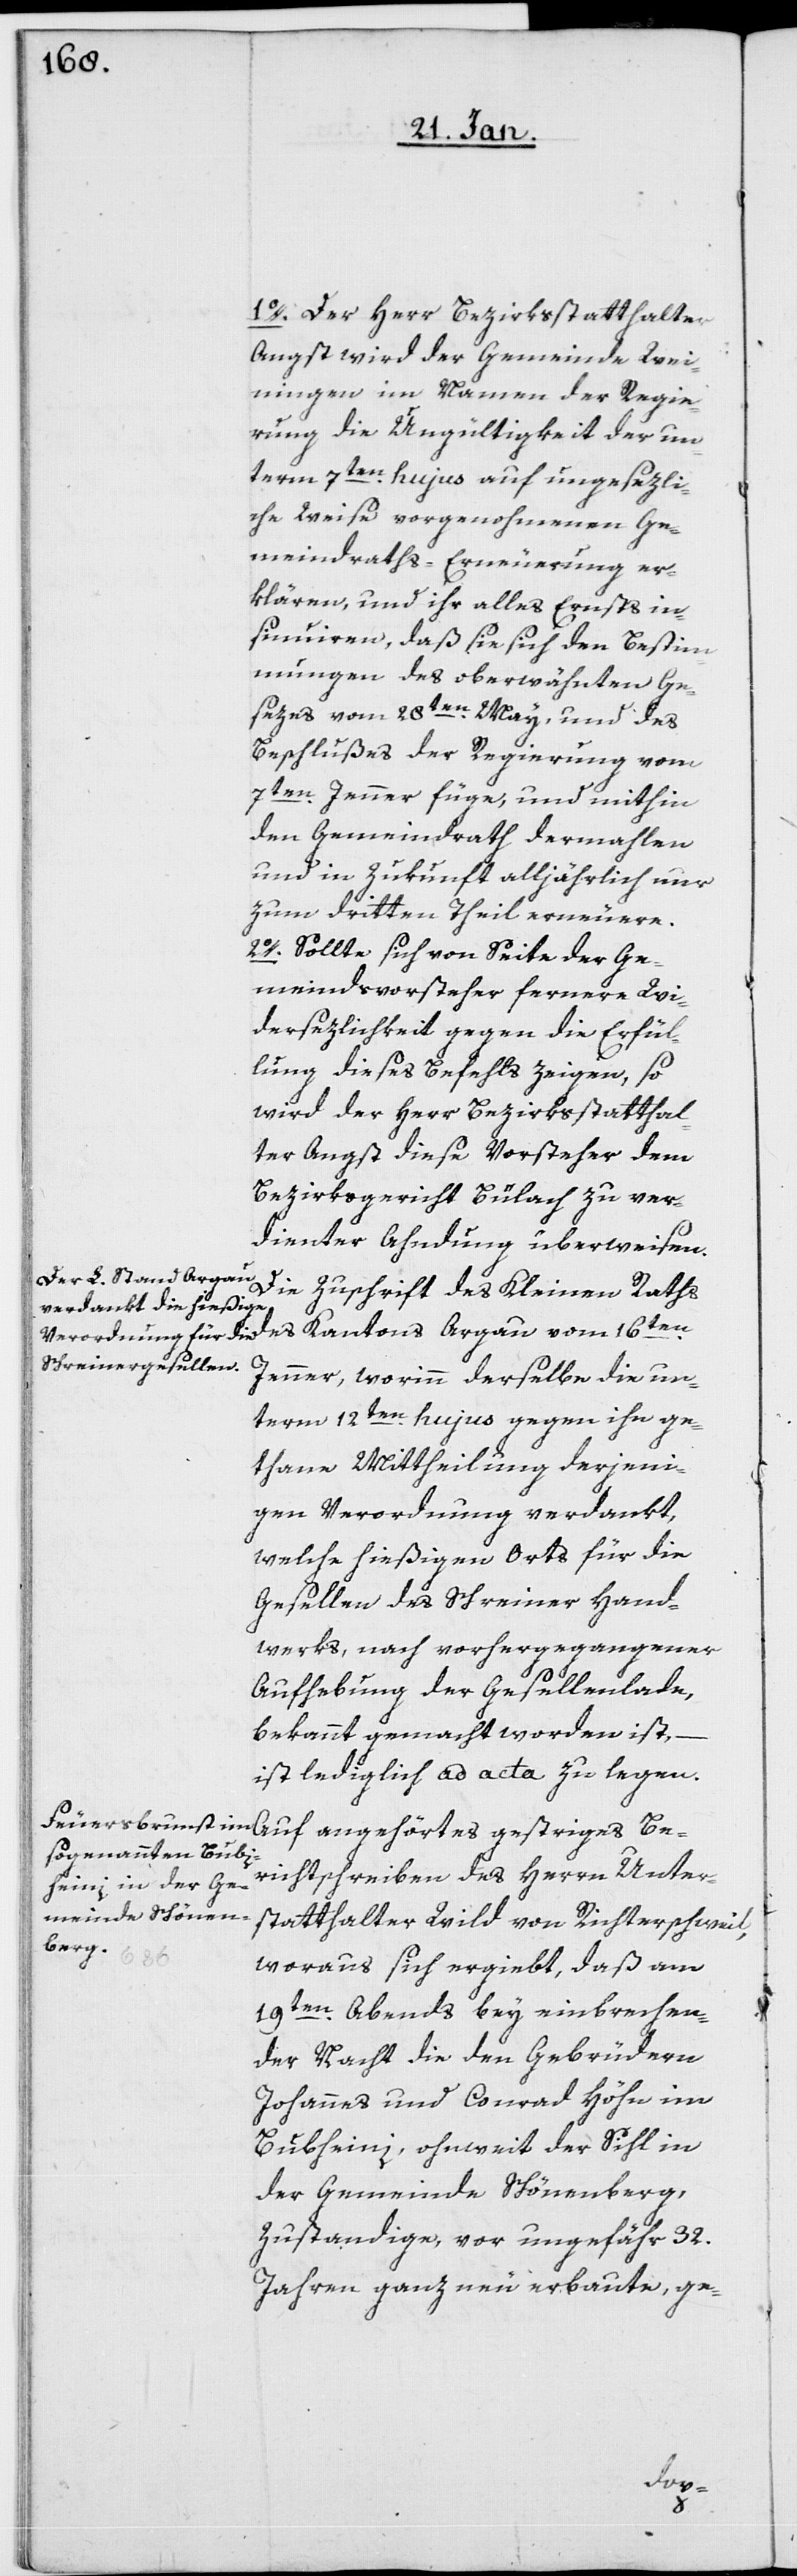
1o. Der Herr Bezirksstatthalter
Angst wird der Gemeinde Wei¬
ningen im Namen der Regie¬
rung die Ungültigkeit der un¬
term 7ten. hujus auf ungesezli¬
che Weise vorgenohmenen Ge¬
meindraths-Erneuerung er¬
klären, und ihr alles Ernsts in¬
sinuieren, daß sie sich den Bestim¬
mungen des oberwähnten Ge¬
sezes vom 28ten. May und des
Beschlußes der Regierung vom
7ten. Jenner füge, und mithin
den Gemeindrath dermahlen
und in Zukunft alljährlich nur
zum dritten Theil erneuere.
2o. Sollte sich von Seite der Ge¬
meindsvorsteher fernere Wi¬
dersezlichkeit gegen die Erfül¬
lung dieses Befehls zeigen, so
wird der Herr Bezirksstatthal¬
ter Angst diese Vorsteher dem
Bezirksgericht Bülach zu ver¬
dienter Ahndung überweisen.
Die Zuschrift des Kleinen Raths
Jenner, worinn derselbe die un¬
term 12ten. hujus gegen ihn ge¬
thane Mittheilung derjeni¬
gen Verordnung verdankt,
welche hießigen Orts für die
Gesellen des Schreiner Hand¬
werks, nach vorhergegangener
Aufhebung der Gesellenlade,
bekannt gemacht worden ist, –
ist lediglich ad acta zu legen.
ichtschreiben des Herrn Unter¬
statthalter Wild von Richterschweil,
woraus sich ergiebt, daß am
19ten. Abends bey einbrechen¬
der Nacht die den Gebrüdern
Johannes und Conrad Höhn im
Bubheini, ohnweit der Sihl in
der Gemeinde Schönenberg,
zustandige, vor ungefähr 32.
Jahren ganz neu erbaute, ge-
Ber¬